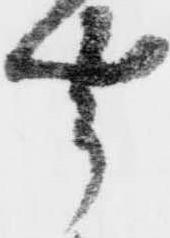
聞